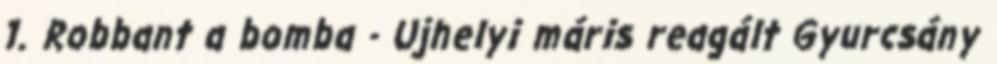
1. Robbant a bomba - Ujhelyi máris reagált Gyurcsány